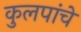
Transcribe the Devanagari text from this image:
कुलपांचे